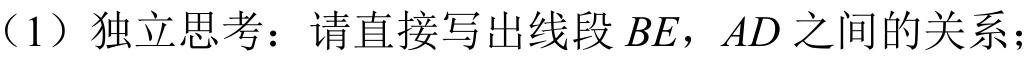
（1）独立思考：请直接写出线段\(BE\)，\(AD\)之间的关系；